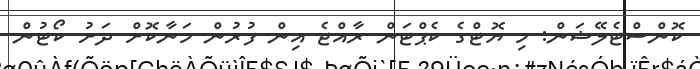
ކޮންސްޓެލޭޝަން: މި ޔޮޓްގެ ކެޕްޓަން ރާއްޖެ އިން ފުރުން މަނާކޮށް ދަށު ކޯޓުން